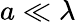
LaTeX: a\ll\lambda